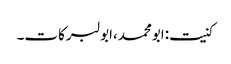
کنیت:ابومحمد،ابولبرکات۔